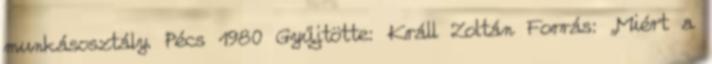
munkásosztály. Pécs 1980 Gyűjtötte: Králl Zoltán Forrás: „Miért a